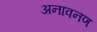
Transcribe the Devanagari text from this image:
अनावनण